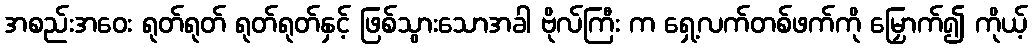
အစည်းအဝေး ရုတ်ရုတ် ရုတ်ရုတ်နှင့် ဖြစ်သွားသောအခါ ဗိုလ်ကြီး က ရှေ့လက်တစ်ဖက်ကို မြှောက်၍ ကိုယ့်